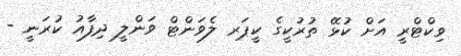
ވިކްޓްރީ އަށް ކުޅޭ ތުުރުކީގެ ކީޕަރ ލެވަންޓް ވަންލީ ދިފާއު ކުރަނީ -